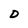
Character: D